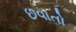
છવાતો